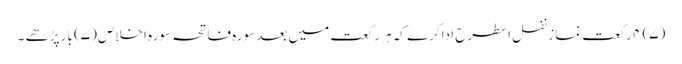
(۷) ۴ رکعت نماز نفل اسطرح ادا کرے کہ ہر رکعت میں بعد سورہ فاتحہ سورہ اخلاص (۷) بار پڑھے ۔